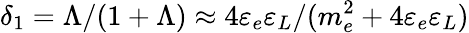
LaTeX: \delta_{1}=\Lambda/(1+\Lambda)\approx 4\varepsilon_{e}\varepsilon_{L}/(m_{e}^{2}+4\varepsilon_{e}\varepsilon_{L})